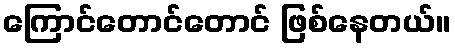
ကြောင်တောင်တောင် ဖြစ်နေတယ်။